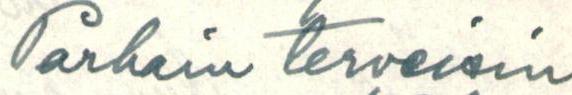
Parhain terveisin